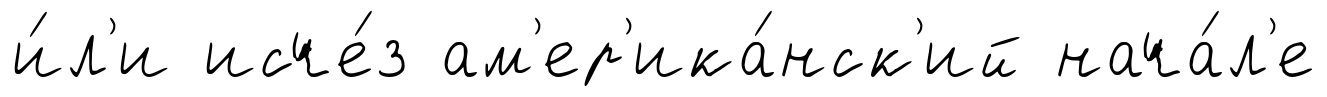
и́л'и исче́з ам'ер'ика́нск'ий нача́л'е